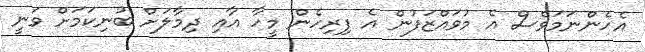
އެހެންނަމަވެސް އެ މުވައްޒަފުން އެ ފިރިހެން މީހާ އާއި ދިމާލަށް ބުނިކަމަށް ވަނީ